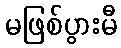
မဖြစ်ပွားမီ